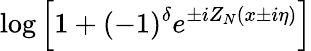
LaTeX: \log\left[1+(-1)^{\delta}e^{\pm iZ_{N}(x\pm i\eta)}\right]